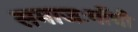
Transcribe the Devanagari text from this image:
समाजःगाँधी